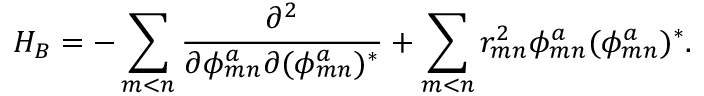
H _ { B } = - \sum _ { m < n } \frac { \partial ^ { 2 } } { \partial \phi _ { m n } ^ { a } \partial ( \phi _ { m n } ^ { a } ) ^ { * } } + \sum _ { m < n } r _ { m n } ^ { 2 } \phi _ { m n } ^ { a } ( \phi _ { m n } ^ { a } ) ^ { * } .